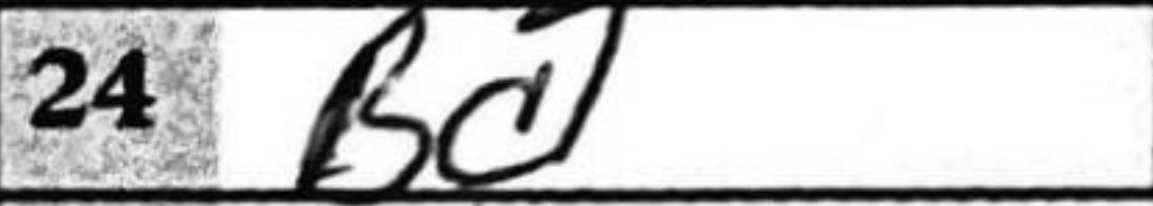
Transcription: Bc1